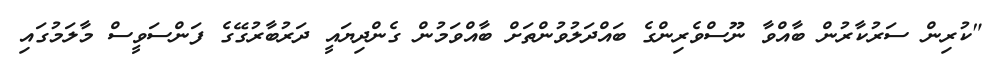
"ކުރިން ސަރުކާރުން ބާއްވާ ނޫސްވެރިންގެ ބައްދަލުވުންތަށް ބާއްވަމުން ގެންދިޔައީ ދަރުބާރުގޭގެ ފަންސަވީސް މާލަމުގައި